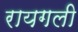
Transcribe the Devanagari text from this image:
रायगली